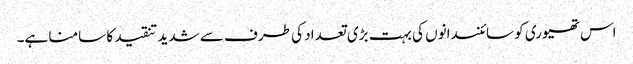
اس تھیوری کو سائنسدانوں کی بہت بڑی تعداد کی طرف سے شدید تنقید کا سامنا ہے۔